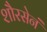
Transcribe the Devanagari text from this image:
शौरसेनं